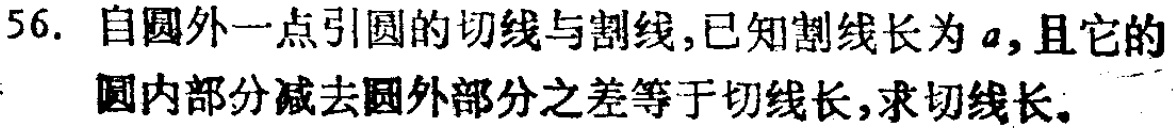
56. 自圆外一点引圆的切线与割线,已知割线长为 \(a\),且它的圆内部分减去圆外部分之差等于切线长,求切线长。